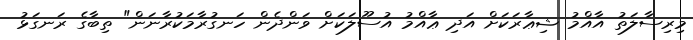
މިރިސާލަތު އާއްމު ޝިޢާރަކަށް އަދި ޢާއްމު އުސޫލަކަށް ވަންދެން ހަނގުރާމަކުރާނަން" ތިބާގެ ރަނގަޅު